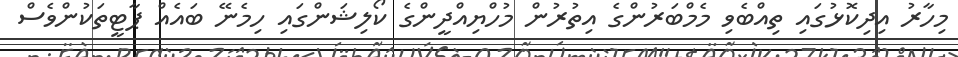
މިހާރު އިދިކޮޅުގައި ތިއްބެވި މެމްބަރުންގެ އިތުރުން މުހްޔިއްދީންގެ ކޯލިޝަންގައި ހިމެނޭ ބައެއް ޕާޓީތަކުންވެސް